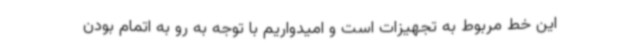
این خط مربوط به تجهیزات است و امیدواریم با توجه به رو به اتمام بودن